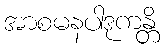
အာစမနပါဒုကန္တိ